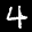
Label: 4